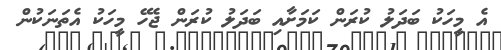
އެ މީހަކު ބަދަލު ކުރަން ކަމަށާއި ބަދަލު ކުރަން ޖެހޭ މީހަކު އެތަނަކުން